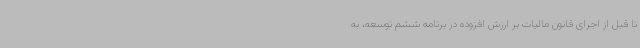
تا قبل از اجرای قانون مالیات بر ارزش افزوده در برنامه ششم توسعه، به